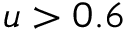
u > 0 . 6